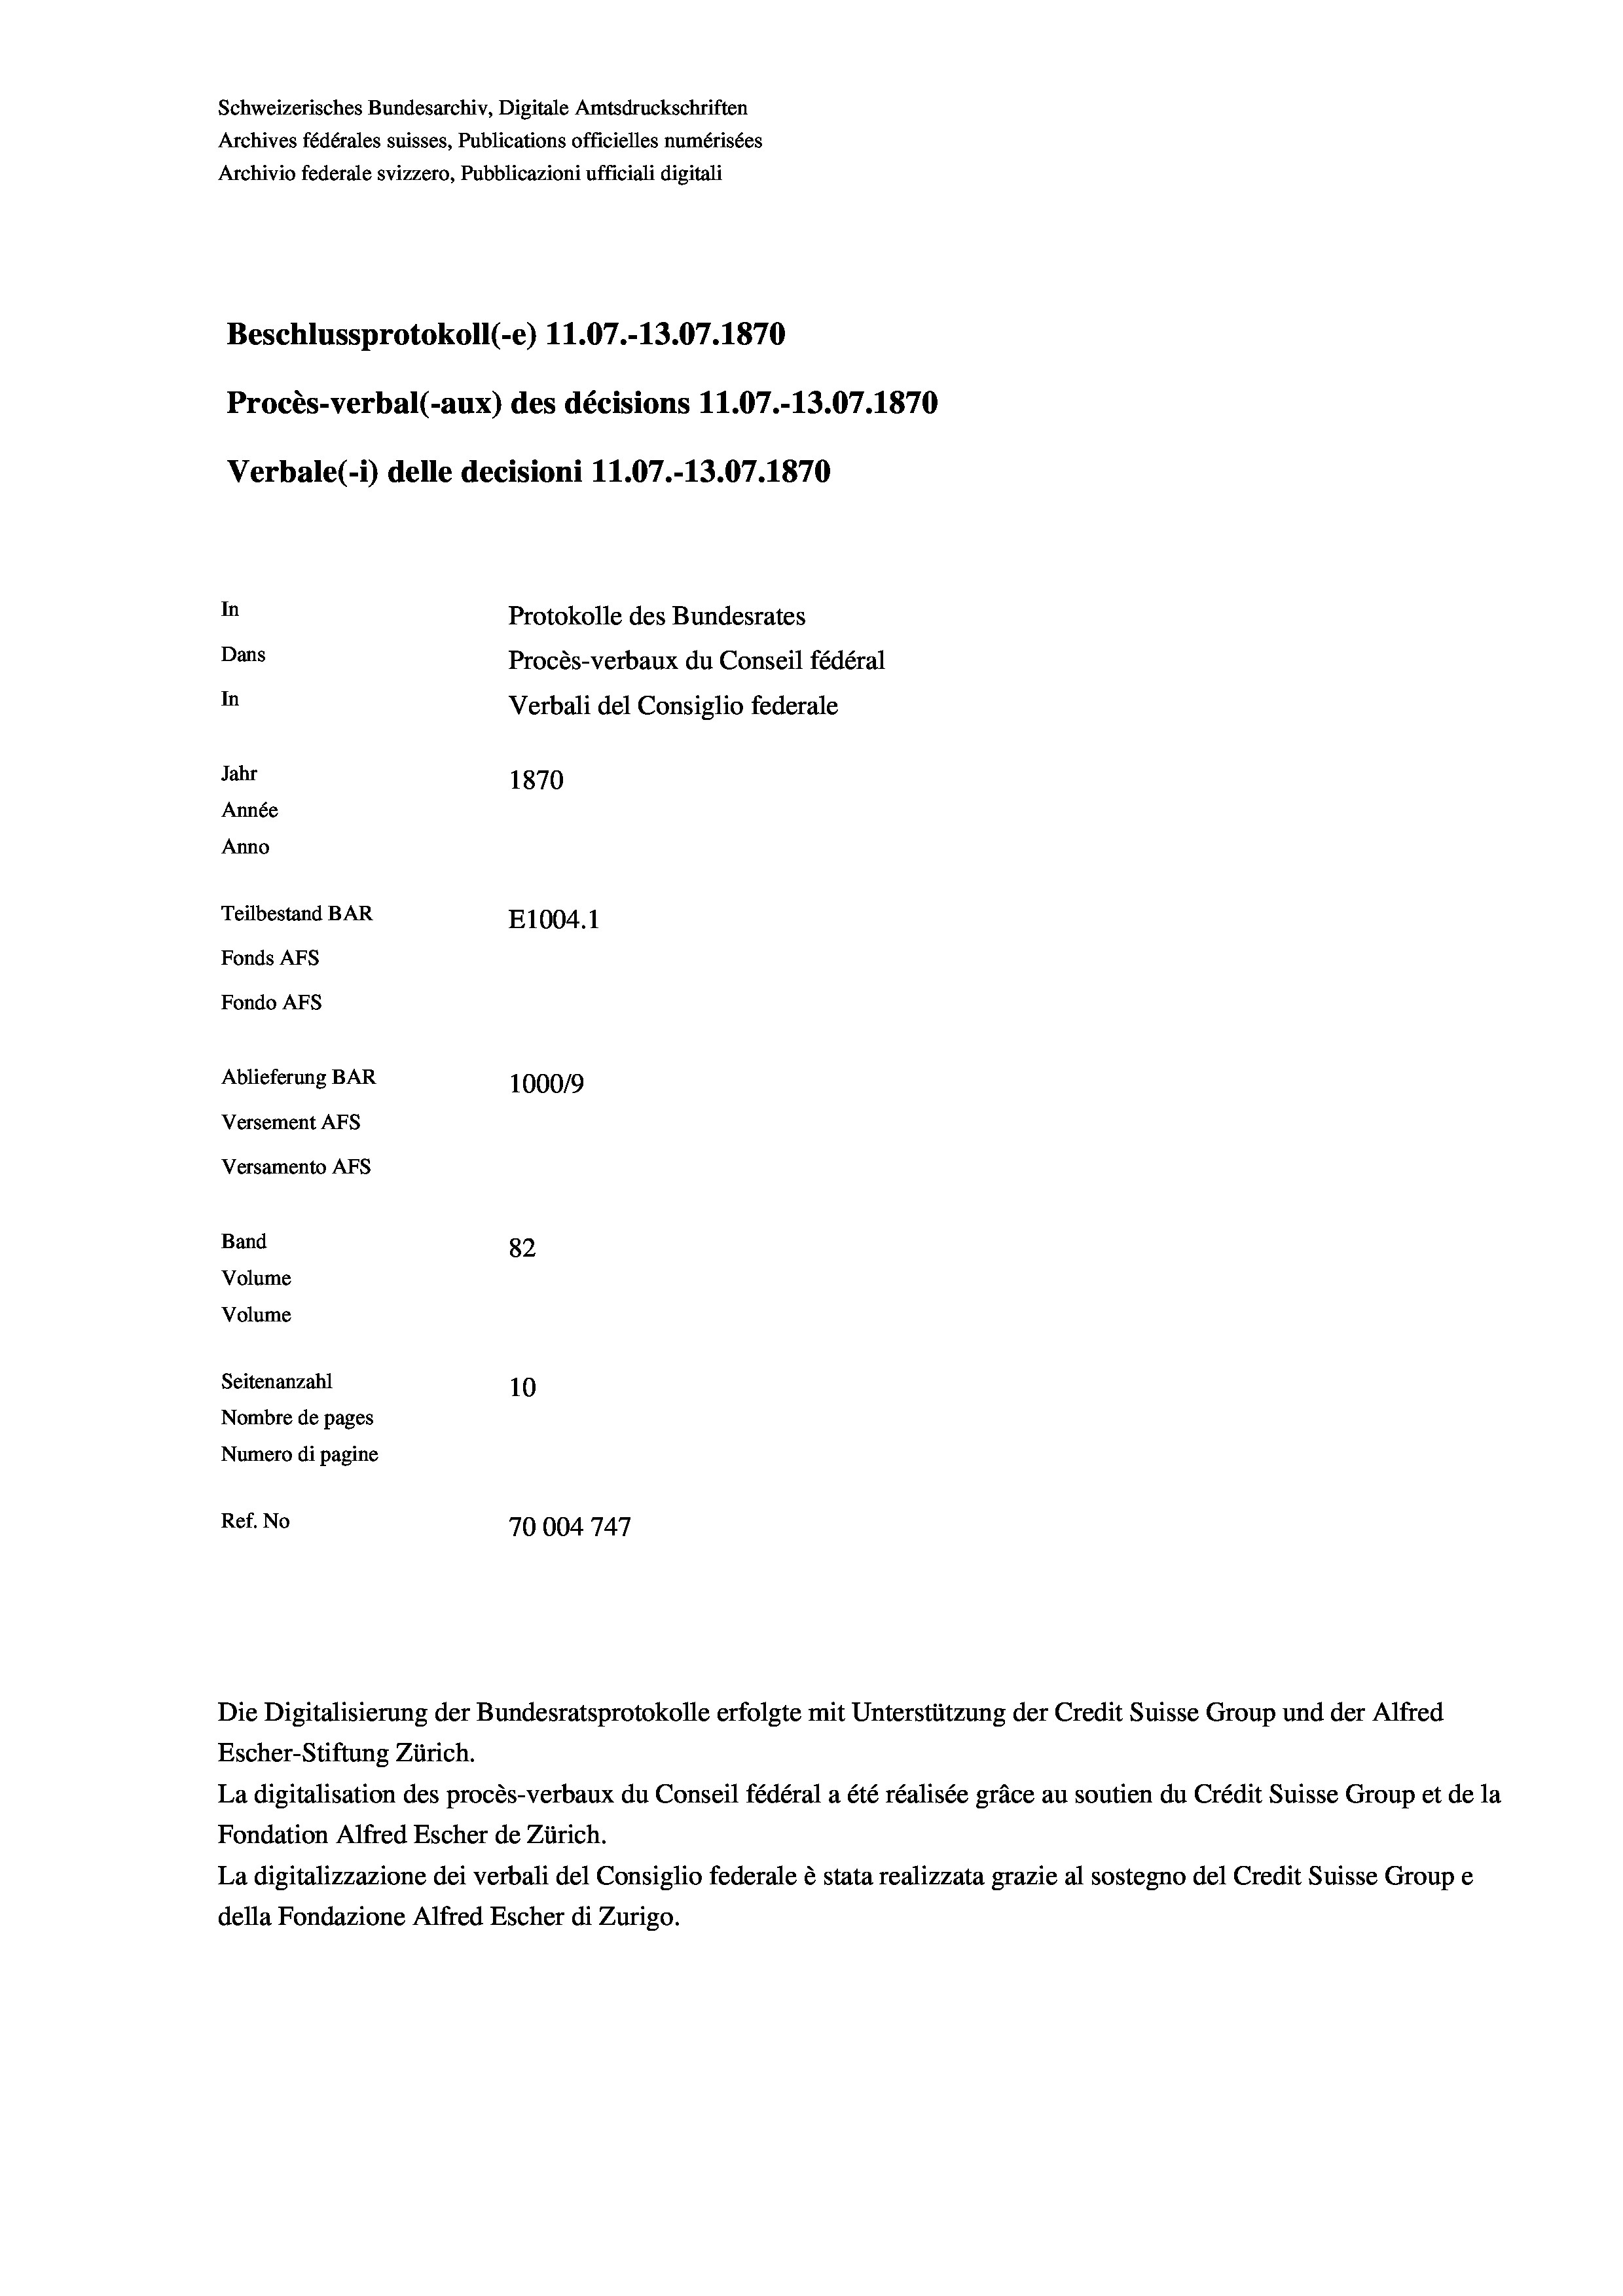
Schweizerisches Bundesarchiv, Digitale Amtsdruckschriften
Archives fédérales suisses, Publications officielles numérisées
Archivio federale svizzero, Pubblicazioni ufficiali digitali
Beschlussprotokoll (-e) 11.07.-13.07. 1870
Procès-verbal (-aux) des décisions 11.07.-13.07. 1870
Verbale(1) delle decisioni 11.07.-13.07. 1870
In
Protokolle des Bundesrates
Dans
Procès-verbaux du Conseil fédéral
In
Verbali del Consiglio federale
Jahr
1870
Année
Anno
Teilbestand BAR
E1004. 1
Fonds AFs
Fondo Afs
Ablieferung BAR
1000/9
Versement AFs
Versamento Afs
Band
82
Volume
Volume
Seitenanzahl
10
Nombre de pages
Numero di pagine
Ref. No
70004747

La digitalisation des procès-verbaux du Conseil fédéral a été réalisée gräce au soutien du Crédit Suisse Group et de la
Fondation Alfred Escher de Zürich.
La digitalizzazione dei verbali del Consiglio federale è stata realizzata grazie al sostegno del Credit Suisse Groupe
della Fondazione Alfred Escher di Zurigo.

Escher-Stiftung Zürich.

Die Digitalisierung der Bundesratsprotokolle erfolgte mit Unterstützung der Credit Suisse Group und der Alfred